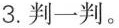
3.判一判。